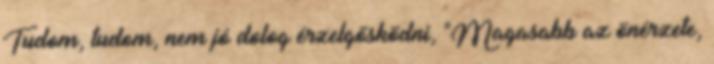
Tudom, tudom, nem jó dolog érzelgősködni, "Magasabb az önérzete,